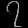
Digit: ၇